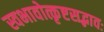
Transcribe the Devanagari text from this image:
स्वभावोत्कृष्टसद्भावः